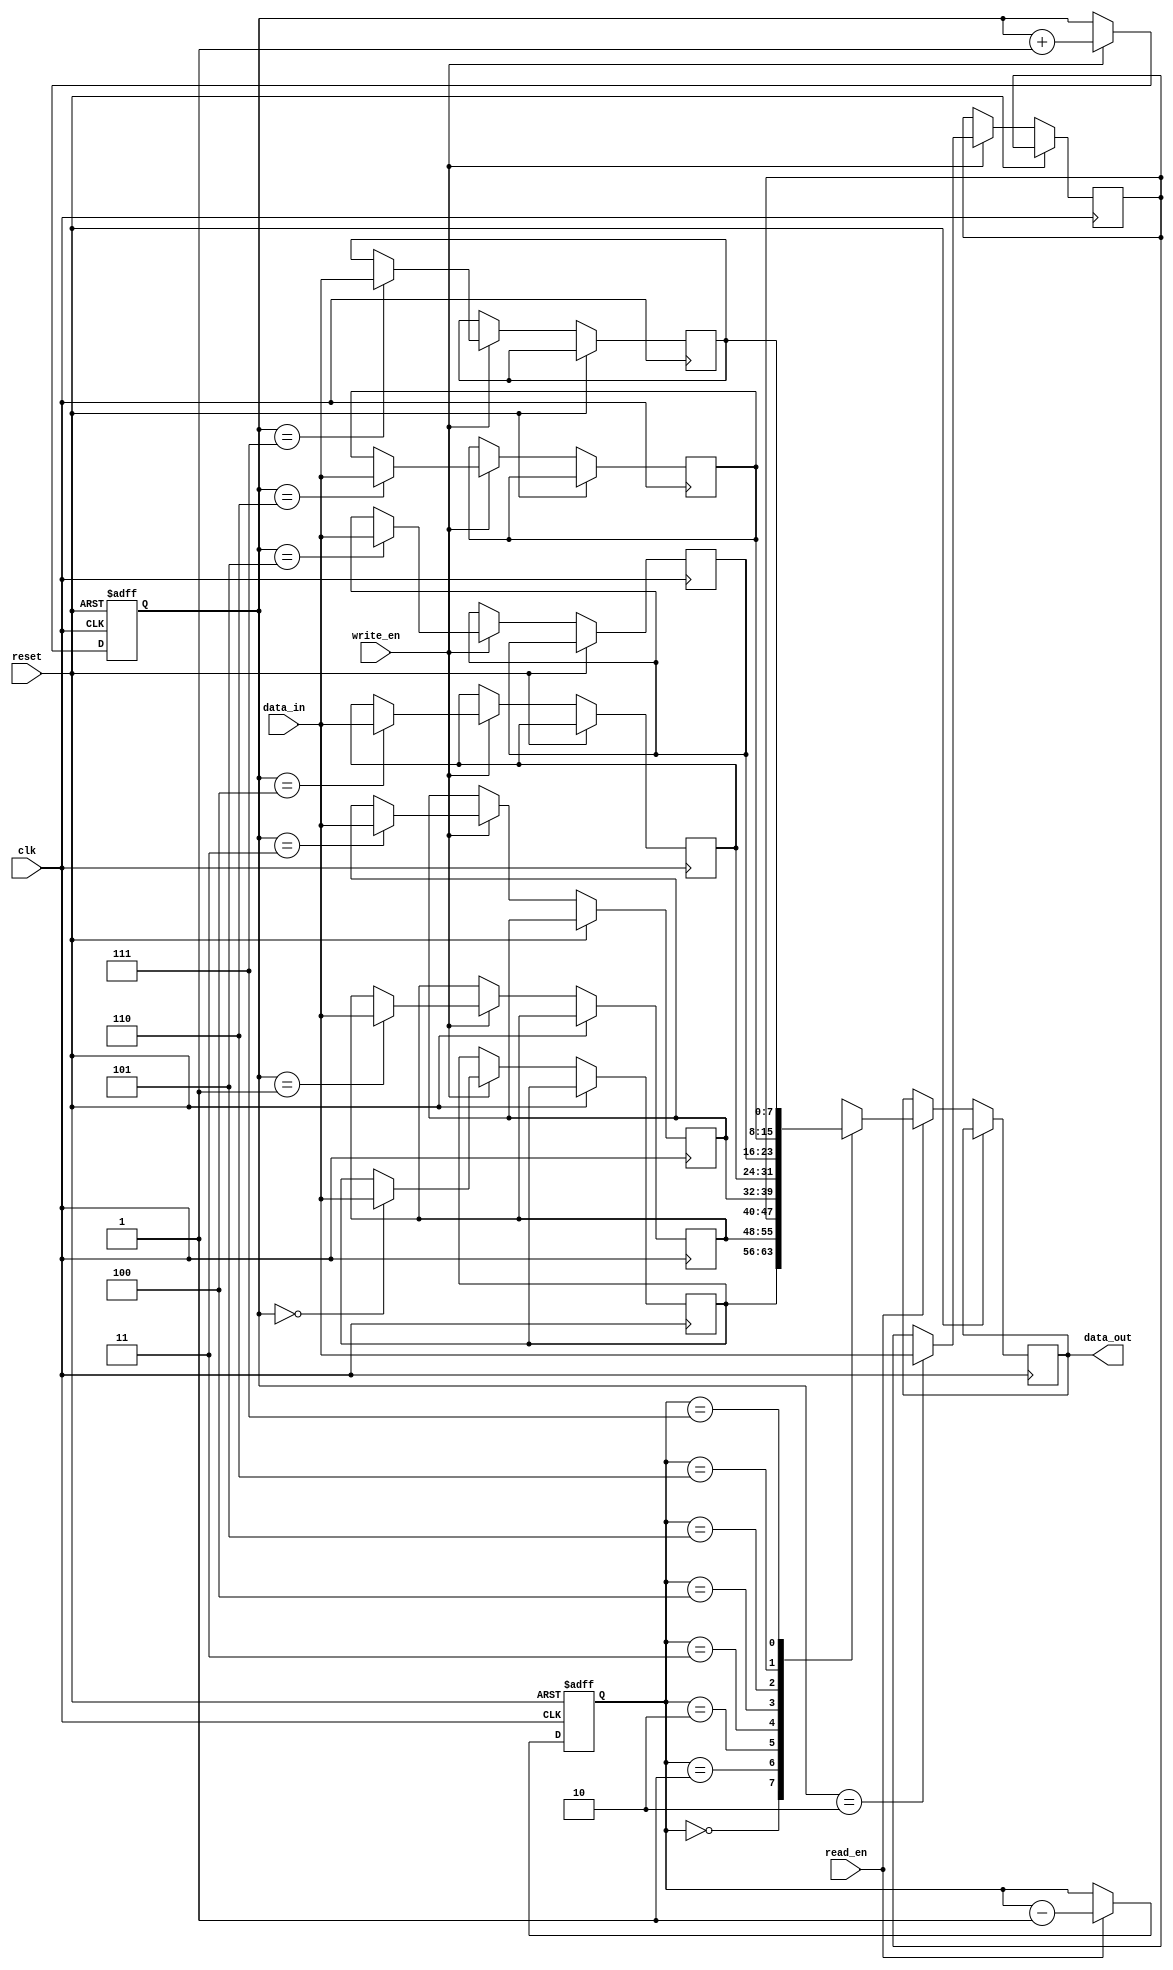
module lifo (
    input wire clk,
    input wire reset,
    input wire write_en,
    input wire read_en,
    input wire [7:0] data_in,
    output reg [7:0] data_out
);

reg [7:0] memory [0:7]; // Memory unit
reg [2:0] write_ptr; // Write pointer
reg [2:0] read_ptr; // Read pointer

always @(posedge clk or posedge reset) begin
    if (reset) begin
        write_ptr <= 3'b000;
        read_ptr <= 3'b000;
    end else begin
        // Write operation
        if (write_en) begin
            memory[write_ptr] <= data_in;
            write_ptr <= write_ptr + 1;
        end
        // Read operation
        if (read_en) begin
            data_out <= memory[read_ptr];
            read_ptr <= read_ptr - 1;
        end
    end
end

endmodule